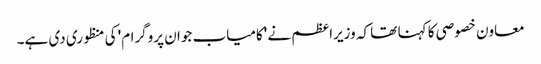
معاون خصوصی کا کہنا تھا کہ وزیراعظم نے 'کامیاب جوان پروگرام' کی منظوری دی ہے۔